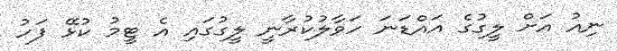
ނިއު އަށް ލީގުގެ އައްޑަނަ ހަވާލުކުރާނީ ލީގުގައި އެ ޓީމު ކުޅޭ ފަހު